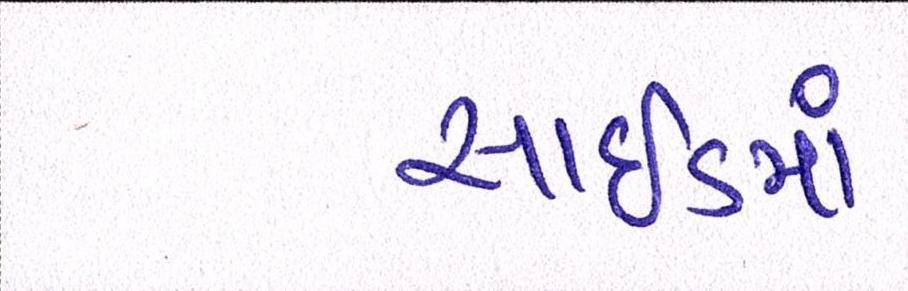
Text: સાઇડમાં